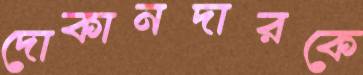
দোকানদারকে